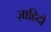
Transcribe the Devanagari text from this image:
ज़ाहिदों